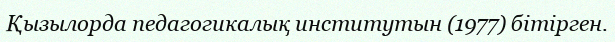
Қызылорда педагогикалық институтын (1977) бітірген.